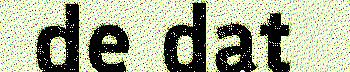
de dat